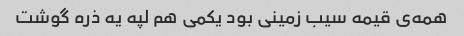
همه‌ی قیمه سیب زمینی بود یکمی هم لپه یه ذره گوشت